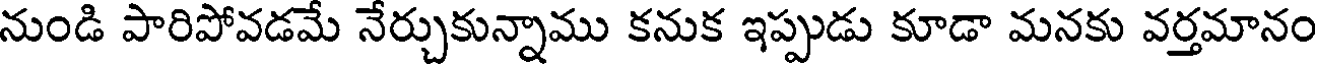
నుండి పారిపోవడమే నేర్చుకున్నాము కనుక ఇప్పుడు కూడా మనకు వర్తమానం